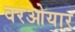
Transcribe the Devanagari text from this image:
वरओयार